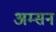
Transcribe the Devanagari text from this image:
अम्सन